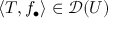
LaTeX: \langle T , f _ { \bullet } \rangle \in { \mathcal { D } } ( U )